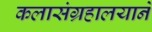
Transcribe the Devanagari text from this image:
कलासंग्रहालयाने